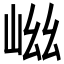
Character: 𭖞